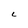
Character: C